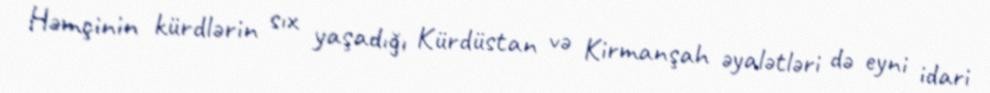
Həmçinin kürdlərin sıx yaşadığı Kürdüstan və Kirmanşah əyalətləri də eyni idari